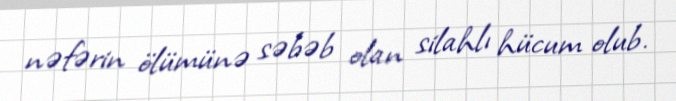
nəfərin ölümünə səbəb olan silahlı hücum olub.